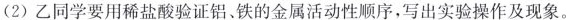
(2)乙同学要用稀盐酸验证铝、铁的金属活动性顺序，写出实验操作及现象。